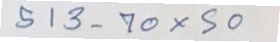
513 - 70 x 50